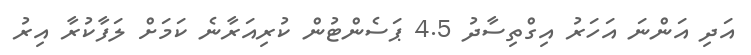
އަދި އަންނަ އަހަރު އިގްތިސާދު 4.5 ޕަސެންޓުން ކުރިއަރާނެ ކަމަށް ލަފާކުރާ އިރު